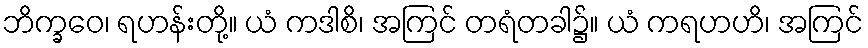
ဘိက္ခဝေ၊ ရဟန်းတို့။ ယံ ကဒါစိ၊ အကြင် တရံတခါ၌။ ယံ ကရဟဟိ၊ အကြင်